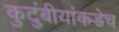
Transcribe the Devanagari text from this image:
कुटुंबीयांकडेच